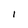
Character: I